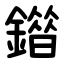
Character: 䥘